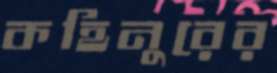
কহিনুরের